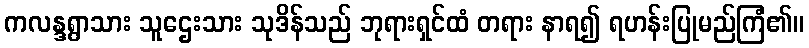
ကလန္ဒရွာသား သူဌေးသား သုဒိန်သည် ဘုရားရှင်ထံ တရား နာရ၍ ရဟန်းပြုမည်ကြံ၏။